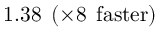
1 . 3 8 \: \: ( \times 8 \: \: \mathrm { f a s t e r } )